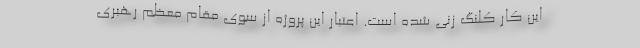
این کار کلنگ زنی شده است. اعتبار این پروژه از سوی مقام معظم رهبری